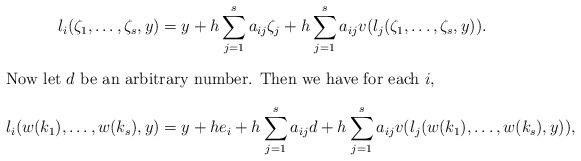
LaTeX: \begin{align*} l_i(\zeta_1,\ldots,\zeta_s,y) &= y + h\sum_{j=1}^s a_{ij} \zeta_j + h\sum_{j=1}^s a_{ij}v(l_j(\zeta_1,\ldots,\zeta_s,y)).\intertext{Now let $d$ be an arbitrary number. Then we have for each $i$,}l_i(w(k_1),\ldots,w(k_s),y) &= y + h e_i + h\sum_{j=1}^s a_{ij} d + h\sum_{j=1}^s a_{ij}v(l_j(w(k_1),\ldots,w(k_s),y)),\end{align*}